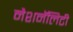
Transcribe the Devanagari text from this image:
नैशनॅलिटी